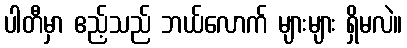
ပါတီမှာ ဧည့်သည် ဘယ်လောက် များများ ရှိမလဲ။